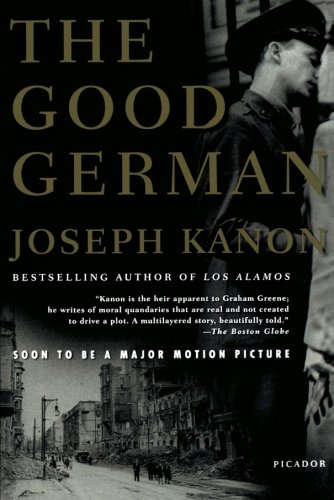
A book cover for The Good German; Joseph Kanon; Mystery, Thriller & Suspense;